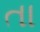
તા